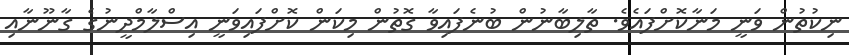
ނިކުތުން ވަނީ މަނާކޮށްފައެވެ. ތާލިބާނުން ބުނެފައިވާ ގޮތުން މިކަން ކޮށްފައިވަނީ އިސްލާމްދީނުގެ ގާނޫނާއި